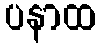
ပနာထ